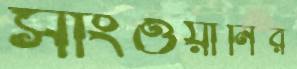
সাংওয়ানির